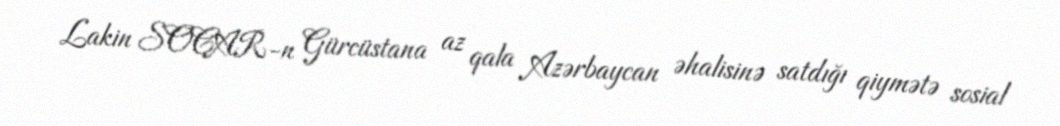
Lakin SOCAR-n Gürcüstana az qala Azərbaycan əhalisinə satdığı qiymətə sosial